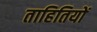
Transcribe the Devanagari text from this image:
ताहितियों